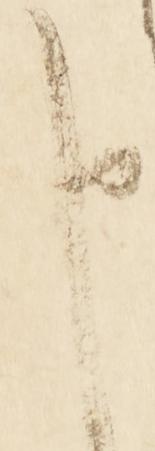
申